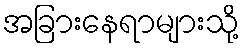
အခြားနေရာများသို့